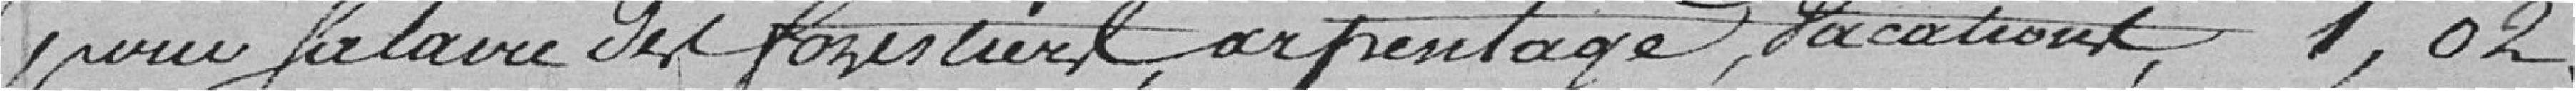
pour salaire du forestier, arpentage, vacations  1,02